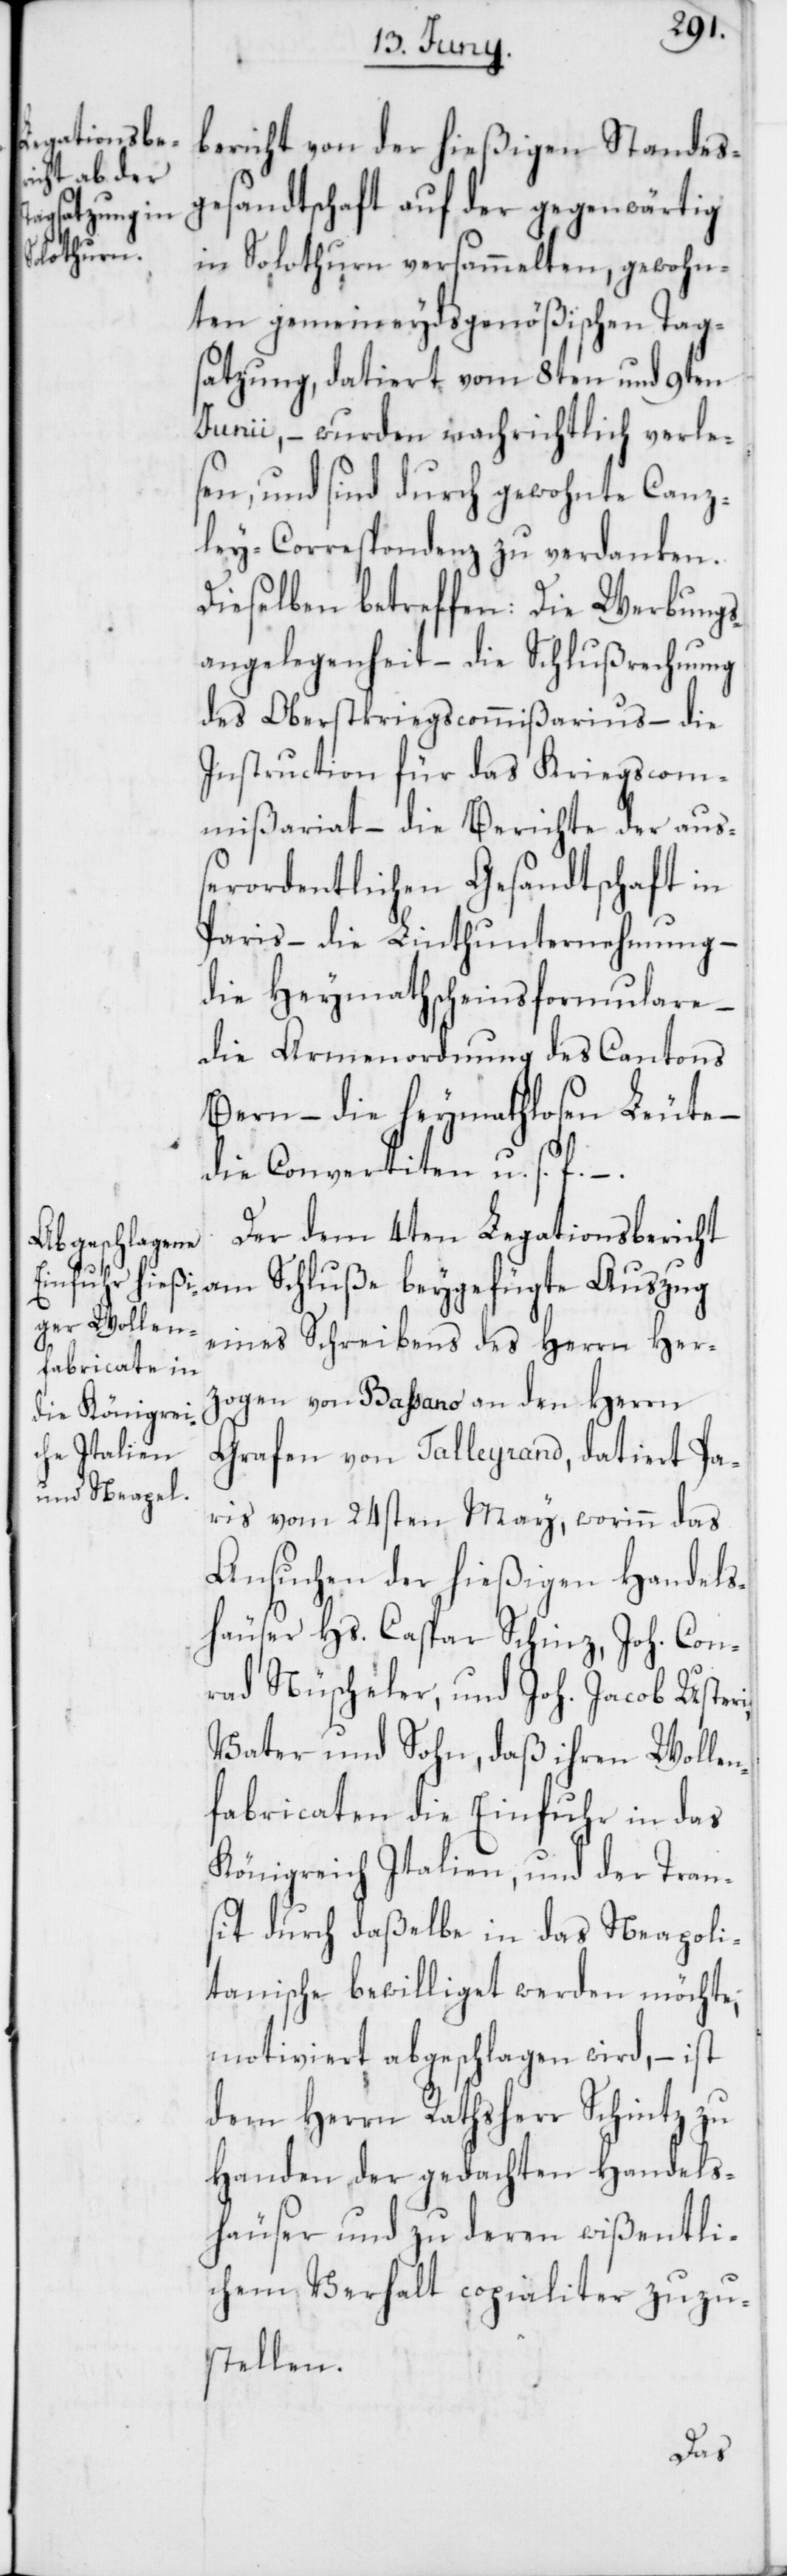
bericht von der hießigen Standes¬
gesandtschaft auf der gegenwärtig
in Solothurn versammelten, gewohn¬
ten gemeineydsgenößischen Tag¬
satzung, datiert vom 8ten und 9ten
Junii, – wurden nachrichtlich verle¬
sen, und sind durch gewohnte Canz¬
ley-Correspondenz zu verdanken.
Dieselben betreffen: Die Werbungs¬
angelegenheit – die Schlußrechnung
des Oberstkriegscommißarius – die
Instruction für das Kriegscom¬
mißariat – die Berichte der auß¬
erordentlichen Gesandtschaft in
Paris – die Linthunternehmung –
die Heymathscheinsformulare –
die Armenordnung des Cantons
Bern – die heymathlosen Leute –
die Convertiten u. s. f.
Der dem 4ten Legationsbericht
am Schluße beygefügte Auszug
eines Schreibens des Herrn Her¬
zogen von Baßano an den Herrn
Grafen von Talleyrand, datiert Pa¬
ris vom 24sten May, worinn das
Ansuchen der hießigen Handels¬
häuser Hs. Caspar Schinz, Joh. Con¬
rad Nüscheler, und Joh. Jacob Usteri,
Vater und Sohn, daß ihren Wollen¬
fabricaten die Einfuhr in das
Königreich Italien, und der Tran¬
sit durch daßelbe in das Neapoli¬
tanische bewilliget werden möchte,
motiviert abgeschlagen wird, – ist
dem Herrn Rathsherr Schintz zu
Handen der gedachten Handels¬
häuser und zu deren wißentli¬
chem Verhalt copialiter zuzu¬
stellen.